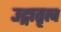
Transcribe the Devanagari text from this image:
उद्गातृत्व